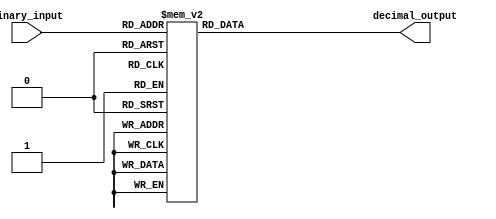
module decimal_decoder (
    input [3:0] binary_input,
    output reg [9:0] decimal_output
);

always @ (*) begin
    case (binary_input)
        4'b0000: decimal_output = 10'b0000000001; // Decimal 0
        4'b0001: decimal_output = 10'b0000000010; // Decimal 1
        4'b0010: decimal_output = 10'b0000000011; // Decimal 2
        4'b0011: decimal_output = 10'b0000000100; // Decimal 3
        4'b0100: decimal_output = 10'b0000000101; // Decimal 4
        4'b0101: decimal_output = 10'b0000000110; // Decimal 5
        4'b0110: decimal_output = 10'b0000000111; // Decimal 6
        4'b0111: decimal_output = 10'b0000001000; // Decimal 7
        4'b1000: decimal_output = 10'b0000001001; // Decimal 8
        4'b1001: decimal_output = 10'b0000001010; // Decimal 9
        default: decimal_output = 10'b0000000000; // Default output
    endcase
end

endmodule